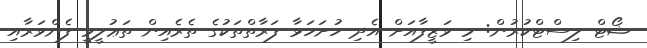
ޝޯޓް ލިސްޓްކުރުން: މި ވަޒީފާއަށް އެދި ހުށަހަޅާ ފަރާތްތަކުގެ ތެރެއިން ތަޢުލީމީ ފެންވަރާއި